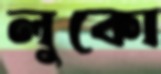
লুকো